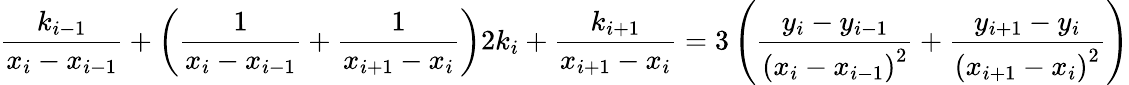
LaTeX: {\frac{k_{i-1}}{x_{i}-x_{i-1}}}+\left({\frac{1}{x_{i}-x_{i-1}}}+{\frac{1}{x_{i+1}-x_{i}}}\right)2k_{i}+{\frac{k_{i+1}}{x_{i+1}-x_{i}}}=3\left({\frac{y_{i}-y_{i-1}}{{(x_{i}-x_{i-1})}^{2}}}+{\frac{y_{i+1}-y_{i}}{{(x_{i+1}-x_{i})}^{2}}}\right)